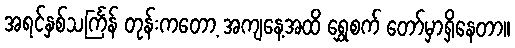
အရင်နှစ်သင်္ကြန် တုန်းကတော့ အကျနေ့အထိ ရွှေစက် တော်မှာရှိနေတာ။